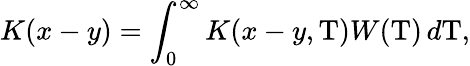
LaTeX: K(x-y)=\int_{0}^{\infty}K(x-y,\mathrm{T})W(\mathrm{T})\, d\mathrm{T},